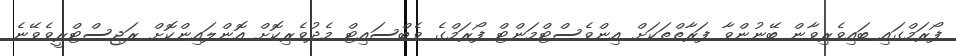
ފޯރަމްގައި ބައިވެރިވާން ބޭނުންވާ ފަރާތްތަކަށް އިންވެސްޓްމަންޓް ފޯރަމްގެ ވެބްސައިޓް މެދުވެރިކޮށް އޮންލައިންކޮށް ރަޖިސްޓްރީވެވޭނެ